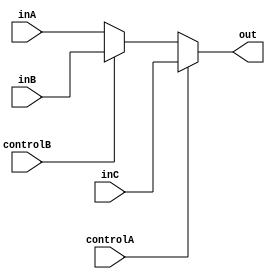
`timescale 1ns / 1ps
//////////////////////////////////////////////////////////////////////////////////
// Company: 
// Engineer: 
// 
// Design Name: 
// Module Name: ThreeToOne
// Project Name: 
// Target Devices: 
// Tool Versions: 
// Description: 
// 
// Dependencies: 
// 
// Revision:
// Revision 0.01 - File Created
// Additional Comments:
// 
//////////////////////////////////////////////////////////////////////////////////


module ThreeToOne(controlA, controlB, inA, inB, inC, out);

input controlA, controlB;
input [31:0] inA, inB, inC;
output reg [31:0] out;

always @(controlA or controlB or inA or inB or inC)
begin
    if(controlA == 0)
        begin
            if(controlB == 0)
                out = inA;
            else
                out = inB;
        end
    else
        out = inC;
end

initial begin
    out = 0;
end
endmodule